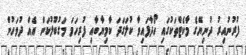
ފުރުނުއިރު ދުނިޔޭގެ މާކެޓްތަކުގައި ހޯދާފައިވާ ކުލަގަދަ ކާމިޔާބާއި ފުރިހަމަ މަގުބޫލުކަން އެއް ދުވަހުން